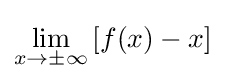
\lim _{x\to \pm \infty }\left[f(x)-x\right]